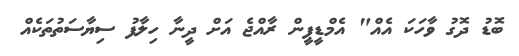
ބޮޑު ދޮގު ވާހަކަ އެއް" އެމްޑީޕީން ރާއްޖެ އަށް ދީނާ ހިލާފު ސިޔާސަތުތަކެއް